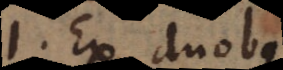
B ex duobus